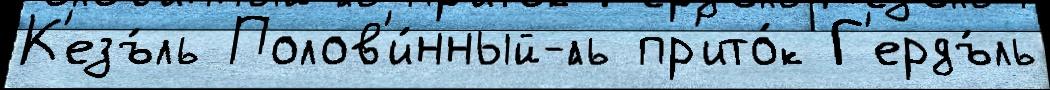
К'езъ́ль Полов'и́нный-́ль пр'ито́к Г'ердъ́ль